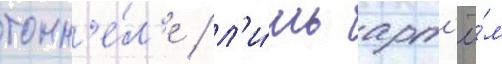
тонн'е́л'е / л'и́шь арт'ё́м